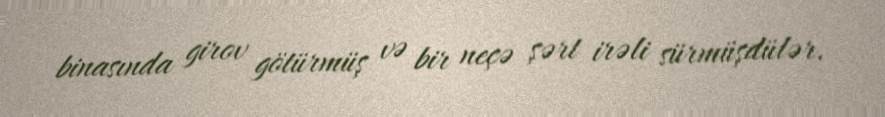
binasında girov götürmüş və bir neçə şərt irəli sürmüşdülər.